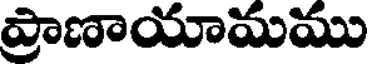
ప్రాణాయామము